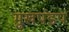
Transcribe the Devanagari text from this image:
मुखपंडप